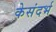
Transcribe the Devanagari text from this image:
केसंदर्भ